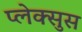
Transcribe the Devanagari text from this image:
प्लेक्सुस